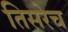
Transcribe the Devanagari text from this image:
तिसरेच